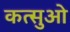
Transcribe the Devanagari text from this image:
कत्सुओ